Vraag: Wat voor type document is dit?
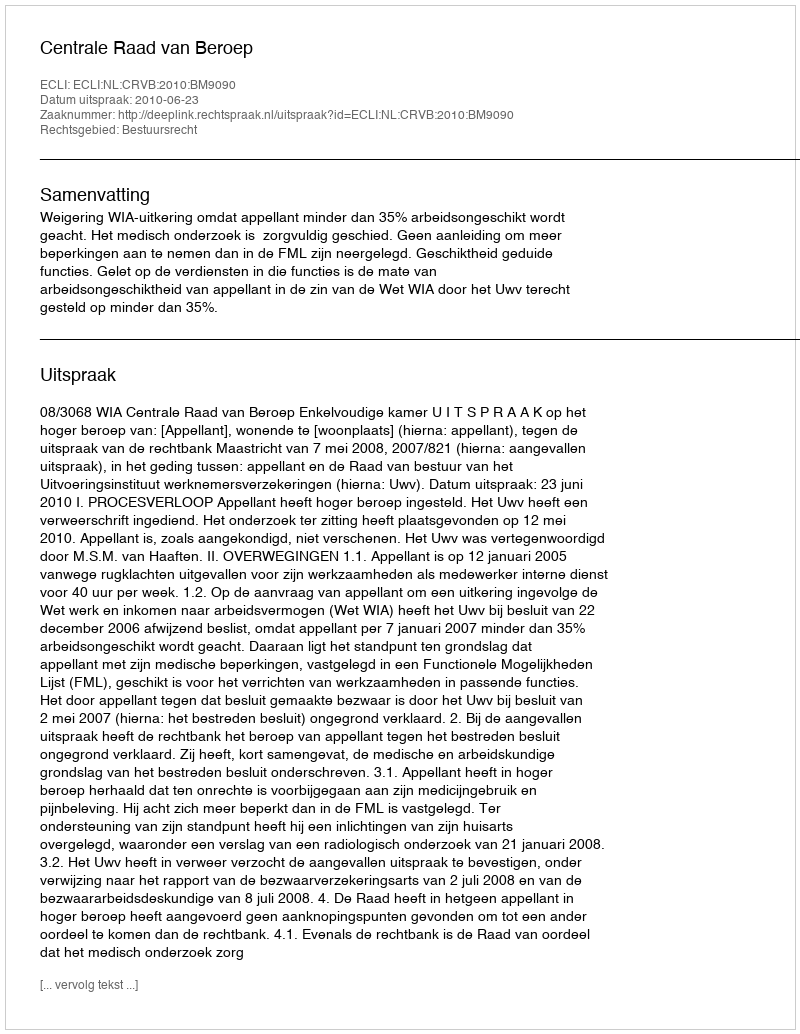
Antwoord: Uitspraak